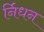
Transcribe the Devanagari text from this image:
र्निधन